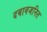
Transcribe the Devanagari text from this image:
दबावजनित